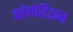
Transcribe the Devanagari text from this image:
कॉम्पेटिशन